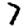
Digit: 7